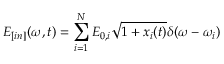
E _ { [ i n ] } ( \omega , t ) = \sum _ { i = 1 } ^ { N } E _ { 0 , i } \sqrt { 1 + x _ { i } ( t ) } \delta ( \omega - \omega _ { i } )